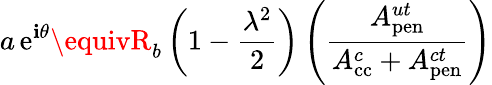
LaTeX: a\, \mathrm{e}^{\mathbf{i}\theta}\equivR_{b}\left(1-\frac{{\lambda^{2}}}{{2}}\right)\left(\frac{{A_{\mathrm{{p\mathrm{e}n}}}^{ut}}}{{A_{\mathrm{{cc}}}^{c}+A_{\mathrm{{p\mathrm{e}n}}}^{ct}}}\right)